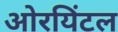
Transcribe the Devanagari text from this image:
ओरयिंटल